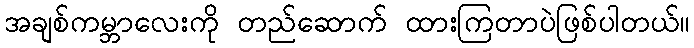
အချစ်ကမ္ဘာလေးကို တည်ဆောက် ထားကြတာပဲဖြစ်ပါတယ်။